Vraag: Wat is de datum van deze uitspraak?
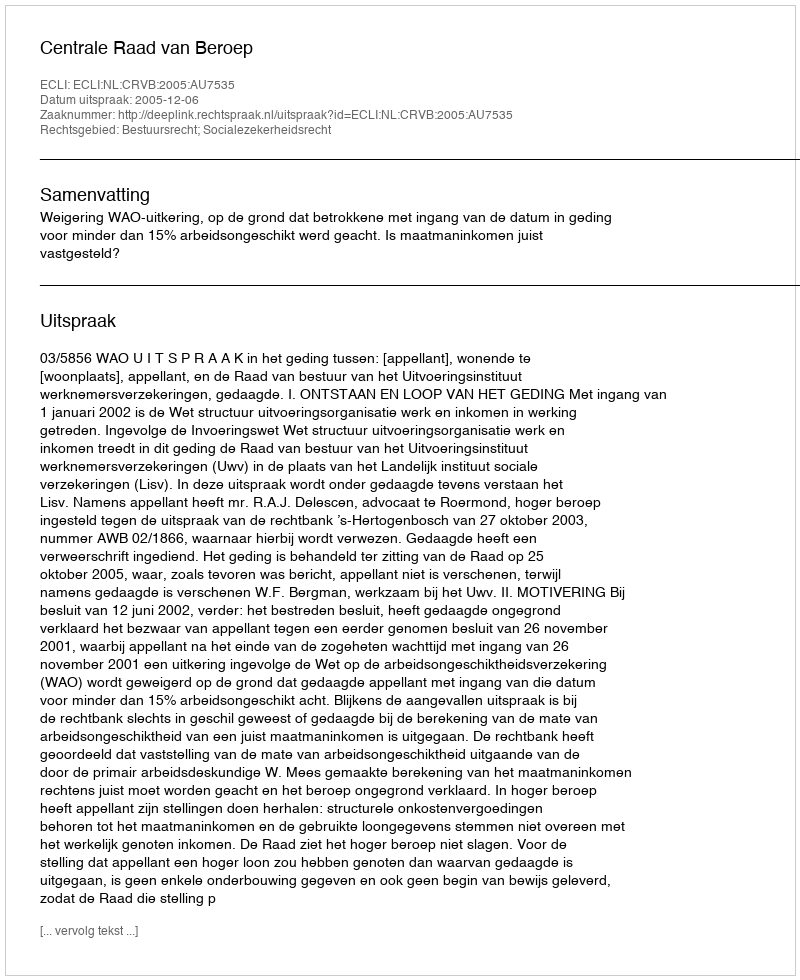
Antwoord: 2005-12-06